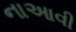
નાઆવી